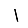
Digit: 1